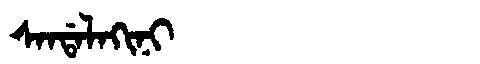
Manchu: ᠰᠠᠨᡩᠠᠯᠠᡴᡳᠨᡳ
Romanization: SANDALAKINI